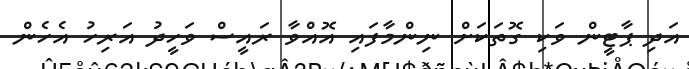
އަދި ޕާޓީން ވަކި ގޮތަކަށް ނިންމާފައި އޮއްވާ ރައީސް ވަހީދު އަރިހު އެހެން